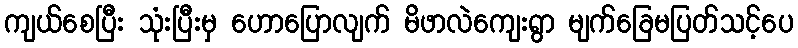
ကျယ်စေပြီး သုံးပြီးမှ ဟောပြောလျက် မိဖာလဲကျေးရွာ မျက်ခြေမပြတ်သင့်ပေ